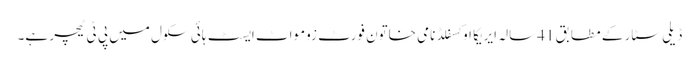
ڈیلی سٹار کے مطابق 41سالہ ایریکا اوکسفلڈ نامی خاتون فورٹ زومواٹ ایسٹ ہائی سکول میں پی ٹی ٹیچر ہے۔